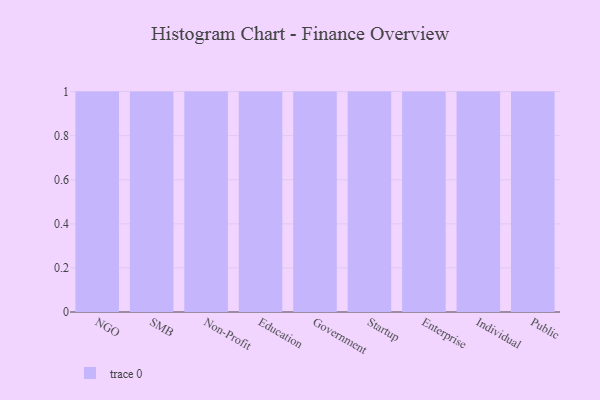
{"axis": {"x": "Segment", "y": "Gross Profit (USD K)"}, "legend": [""], "data": [{"x": "NGO", "y": 85, "type": ""}, {"x": "SMB", "y": 57, "type": ""}, {"x": "Non-Profit", "y": 43, "type": ""}, {"x": "Education", "y": 60, "type": ""}, {"x": "Government", "y": 63, "type": ""}, {"x": "Startup", "y": 52, "type": ""}, {"x": "Enterprise", "y": 31, "type": ""}, {"x": "Individual", "y": 54, "type": ""}, {"x": "Public", "y": 78, "type": ""}]}